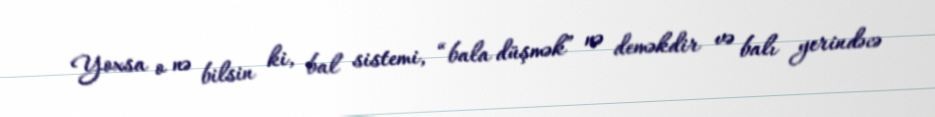
Yoxsa o nə bilsin ki, bal sistemi, “bala düşmək” nə deməkdir və balı yerindəcə